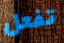
تفعل